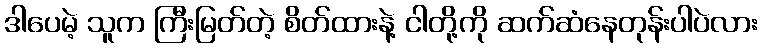
ဒါပေမဲ့ သူက ကြီးမြတ်တဲ့ စိတ်ထားနဲ့ ငါတို့ကို ဆက်ဆံနေတုန်းပါပဲလား